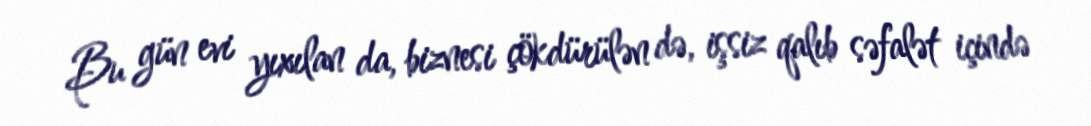
Bu gün evi yıxılan da, biznesi çökdürülən də, işsiz qalıb səfalət içində